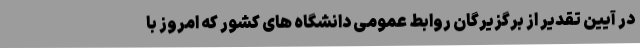
در آیین تقدیر از برگزیرگان روابط عمومی دانشگاه های کشور که امروز با